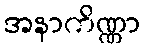
အနာကိဏ္ဏာ